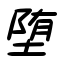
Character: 堕